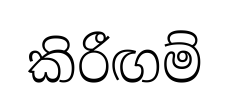
කිරීඟම්